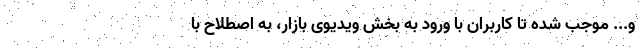
و... موجب شده تا کاربران با ورود به بخش ویدیوی بازار، به اصطلاح با